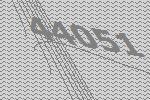
44051